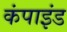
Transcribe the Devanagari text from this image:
कंपाइंड